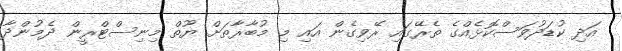
އަދި ކުޑަދުވަސްކޮޅެއްގެ ތެރޭގައި ރޭވިގެން އައި މި މުބާރާތަށް ޔޫތް މިނިސްޓްރީން ދެމުންދާ